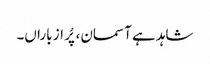
شاہد ہے آسمان، پُر از باراں۔